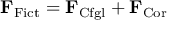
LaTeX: \mathbf { F } _ { \mathrm { F i c t } } = \mathbf { F } _ { \mathrm { C f g l } } + \mathbf { F } _ { \mathrm { C o r } }